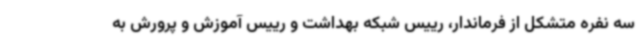
سه نفره متشکل از فرماندار، رییس شبکه بهداشت و رییس آموزش و پرورش به